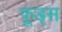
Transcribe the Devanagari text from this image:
फ़ूड्स